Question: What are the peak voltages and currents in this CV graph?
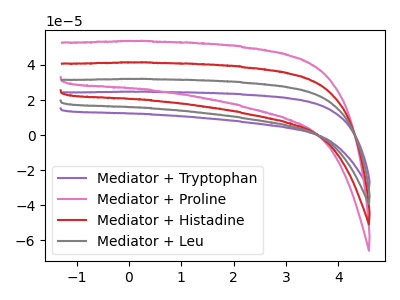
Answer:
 <answer>The purple curve "Mediator + Tryptophan" has no peaks. The pink curve "Mediator + Proline" has no peaks. The red curve "Mediator + Histadine" has no peaks. The gray curve "Mediator + Leu" has no peaks.</answer>
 <eval></eval>